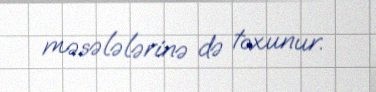
məsələlərinə də toxunur.